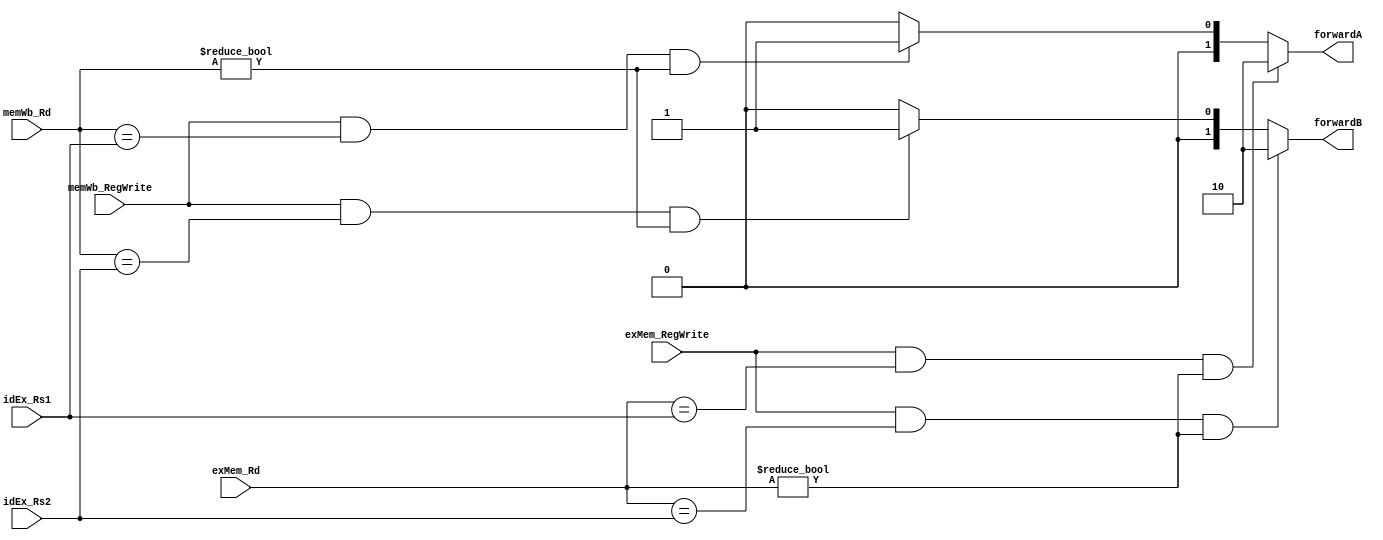
module forwardingUnit (

  input wire [4:0] idEx_Rs1, idEx_Rs2,
  input wire [4:0] exMem_Rd, memWb_Rd,
  input wire exMem_RegWrite, memWb_RegWrite,

  output reg [1:0] forwardA, forwardB
);

always @(*)
  begin
    forwardA = 2'b00;

    if((exMem_RegWrite == 1) && (exMem_Rd == idEx_Rs1) && (exMem_Rd != 5'b0))
      forwardA = 2'b10;
    else if((memWb_RegWrite == 1) && (memWb_Rd == idEx_Rs1) && (memWb_Rd != 5'b0))
      forwardA = 2'b01;

    forwardB = 2'b00;

    if((exMem_RegWrite == 1) && (exMem_Rd == idEx_Rs2) && (exMem_Rd != 5'b0))
      forwardB = 2'b10;
    else if((memWb_RegWrite == 1) && (memWb_Rd == idEx_Rs2) && (memWb_Rd != 5'b0))
      forwardB = 2'b01;
  end

endmodule